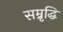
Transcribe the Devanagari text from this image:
सम्रृद्धि